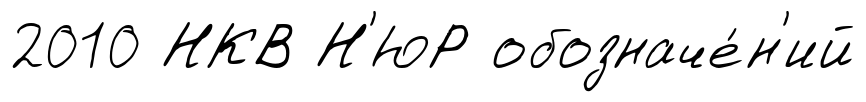
2010 НКВ Н'ЮР обозначе́н'ий